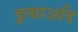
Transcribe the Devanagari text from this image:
इत्याअदि